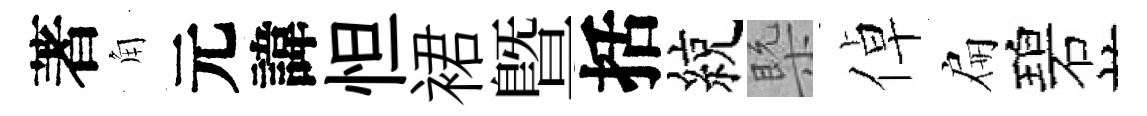
著角元諱怛裙暨括綂槩倬扁碧